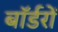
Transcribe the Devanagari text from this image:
बॉर्डरों